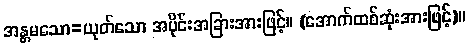
အန္တမသော=ယုတ်သော အပိုင်းအခြားအားဖြင့်။ (အောက်ထစ်ဆုံးအားဖြင့်)။